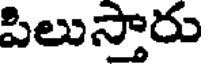
పిలుస్తారు